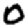
Digit: 0